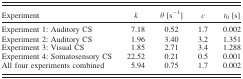
| Experiment | k | θ [s−1] | c | t0 [s] |
 | --- | --- | --- | --- | --- |
 | Experiment 1: Auditory CS | 7.18 | 0.52 | 1.7 | 0.002 |
 | Experiment 2: Auditory CS | 1.96 | 3.40 | 3.2 | 1.351 |
 | Experiment 3: Visual CS | 1.85 | 2.71 | 3.4 | 1.288 |
 | Experiment 4: Somatosensory CS | 22.52 | 0.21 | 0.5 | 0.001 |
 | All four experiments combined | 5.94 | 0.75 | 1.7 | 0.002 |